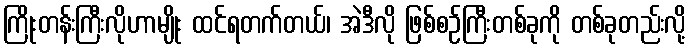
ကြိုးတန်းကြီးလိုဟာမျိုး ထင်ရတက်တယ်၊ အဲဒီလို ဖြစ်စဉ်ကြီးတစ်ခုကို တစ်ခုတည်းလို့